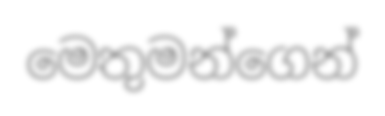
මෙතුමන්ගෙන්